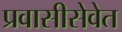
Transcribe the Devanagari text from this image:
प्रवासीसेवेत